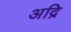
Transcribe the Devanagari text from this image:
अद्रि